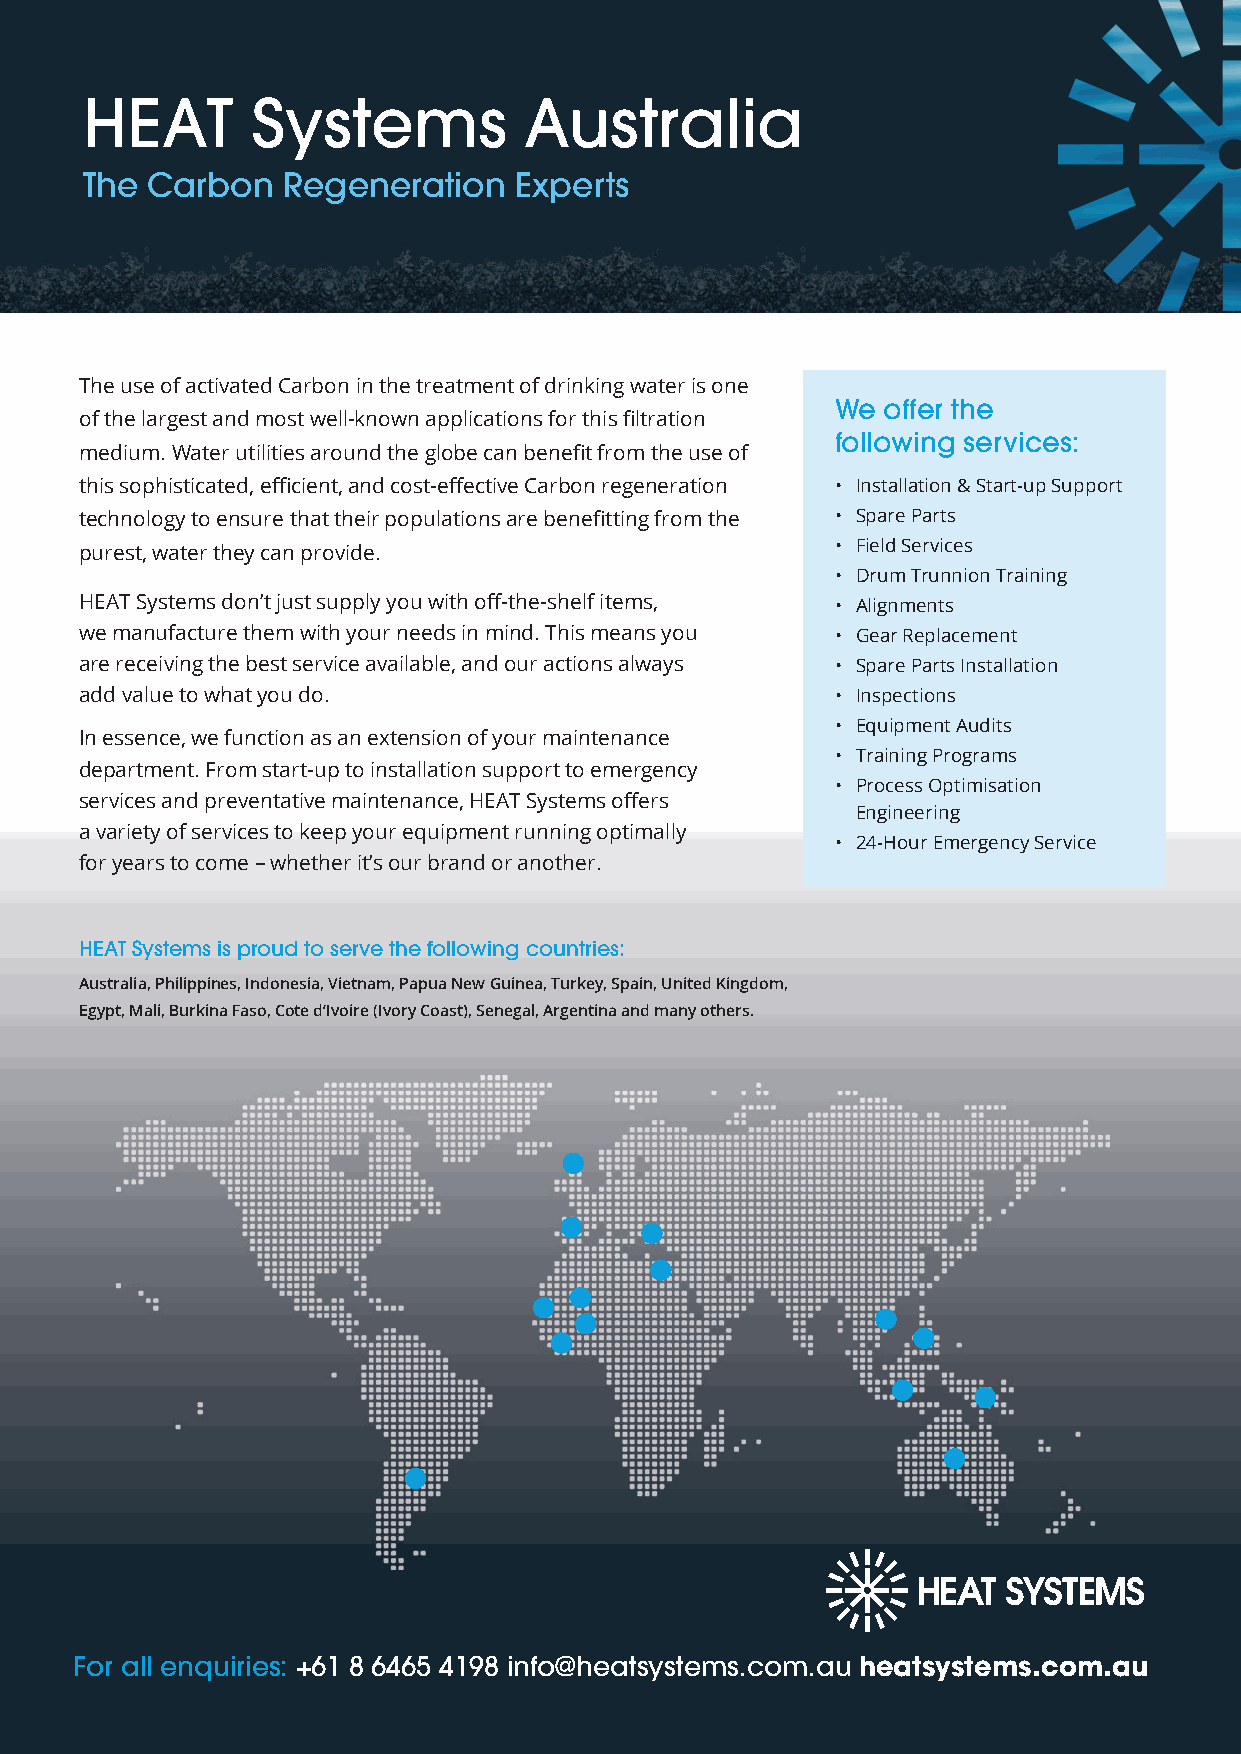
HEAT        Systems           Australia
 The  Carbon   Regeneration   Experts
 The use of activated Carbon in the treatment of drinking water is one
 We offer the
 of the largest and most well-known applications for this filtration
 following services:
 medium. Water utilities around the globe can benefit from the use of
 this sophisticated, efficient, and cost-effective Carbon regeneration • Installation & Start-up Support
 technology to ensure that their populations are benefitting from the • Spare Parts
 purest, water they can provide.                   • Field Services
 • Drum Trunnion Training
 HEAT Systems don’t just supply you with off-the-shelf items, • Alignments
 we manufacture them with your needs in mind. This means you • Gear Replacement
 are receiving the best service available, and our actions always • Spare Parts Installation
 add value to what you do.                         • Inspections
 • Equipment Audits
 In essence, we function as an extension of your maintenance
 • Training Programs
 department. From start-up to installation support to emergency
 • Process Optimisation
 services and preventative maintenance, HEAT Systems offers
 Engineering
 a variety of services to keep your equipment running optimally
 • 24-Hour Emergency Service
 for years to come – whether it’s our brand or another.
 HEAT Systems is proud to serve the following countries:
 Australia, Philippines, Indonesia, Vietnam, Papua New Guinea, Turkey, Spain, United Kingdom,
 Egypt, Mali, Burkina Faso, Cote d’Ivoire (Ivory Coast), Senegal, Argentina and many others.
 For all enquiries: +61 8 6465 4198 info@heatsystems.com.au heatsystems.com.au